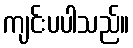
ကျင်းပပါသည်။